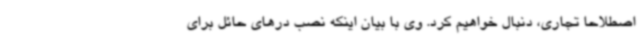
اصطلاحا تجاری، دنبال خواهیم کرد. وی با بیان اینکه نصب درهای حائل برای